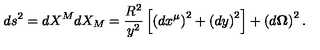
d s ^ { 2 } = d X ^ { M } d X _ { M } = \frac { R ^ { 2 } } { y ^ { 2 } } \left[ \left( d x ^ { \mu } \right) ^ { 2 } + \left( d y \right) ^ { 2 } \right] + \left( d \mathbf { \Omega } \right) ^ { 2 } .